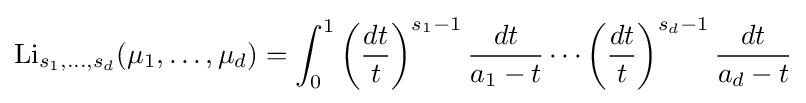
\mathrm {Li} _{s_{1},\ldots ,s_{d}}(\mu _{1},\ldots ,\mu _{d})=\int _{0}^{1}\left({\frac {dt}{t}}\right)^{s_{1}-1}{\frac {dt}{a_{1}-t}}\cdots \left({\frac {dt}{t}}\right)^{s_{d}-1}{\frac {dt}{a_{d}-t}}